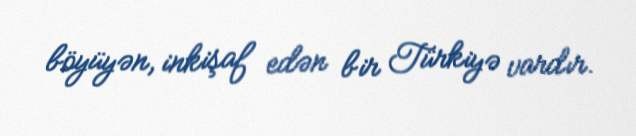
böyüyən, inkişaf edən bir Türkiyə vardır.